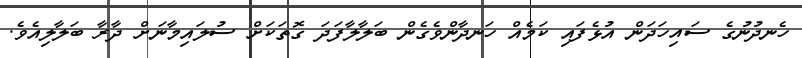
ހެނދުނުގެ ސައިހަދަން އުޅެފައި ކަމެއް ހަނދާންވެގެން ބަލާލާފަދަ ގޮތަކަށް ސުލައިމާނަށް ދާރާ ބަލާލިއެވެ.